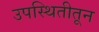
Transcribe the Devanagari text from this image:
उपस्थितीतून